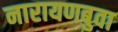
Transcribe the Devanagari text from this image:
नारायणबुवा